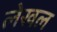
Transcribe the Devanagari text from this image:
लेखल